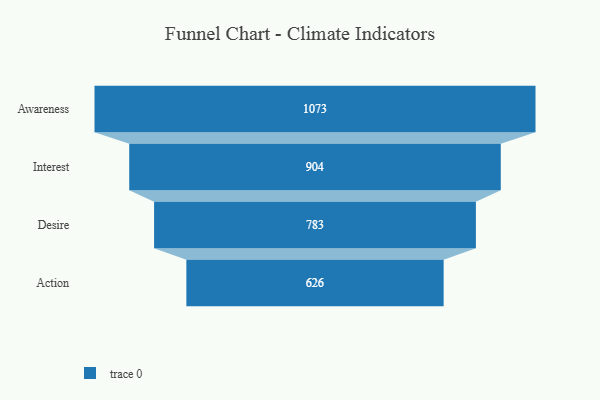
{"axis": {"x": "Stage", "y": "Value"}, "legend": [""], "data": [{"x": "Awareness", "y": 1073.0, "type": ""}, {"x": "Interest", "y": 904.0, "type": ""}, {"x": "Desire", "y": 783.0, "type": ""}, {"x": "Action", "y": 626.0, "type": ""}]}